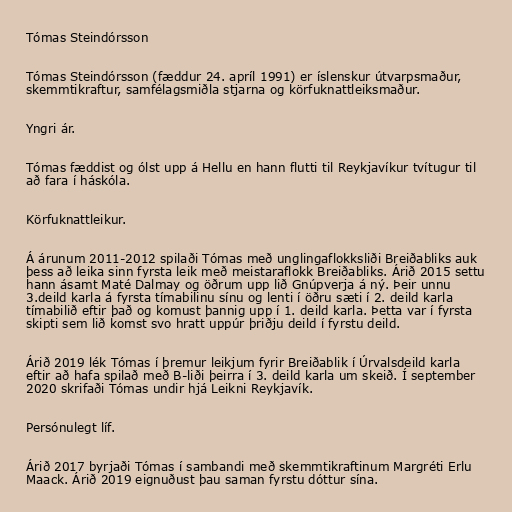
Tómas Steindórsson

Tómas Steindórsson (fæddur 24. apríl 1991) er íslenskur útvarpsmaður,
skemmtikraftur, samfélagsmiðla stjarna og körfuknattleiksmaður.

Yngri ár.

Tómas fæddist og ólst upp á Hellu en hann flutti til Reykjavíkur tvítugur til
að fara í háskóla.

Körfuknattleikur.

Á árunum 2011-2012 spilaði Tómas með unglingaflokksliði Breiðabliks auk
þess að leika sinn fyrsta leik með meistaraflokk Breiðabliks. Árið 2015 settu
hann ásamt Maté Dalmay og öðrum upp lið Gnúpverja á ný. Þeir unnu
3.deild karla á fyrsta tímabilinu sínu og lenti í öðru sæti í 2. deild karla
tímabilið eftir það og komust þannig upp í 1. deild karla. Þetta var í fyrsta
skipti sem lið komst svo hratt uppúr þriðju deild í fyrstu deild.

Árið 2019 lék Tómas í þremur leikjum fyrir Breiðablik í Úrvalsdeild karla
eftir að hafa spilað með B-liði þeirra í 3. deild karla um skeið. Í september
2020 skrifaði Tómas undir hjá Leikni Reykjavík.

Persónulegt líf.

Árið 2017 byrjaði Tómas í sambandi með skemmtikraftinum Margréti Erlu
Maack. Árið 2019 eignuðust þau saman fyrstu dóttur sína.